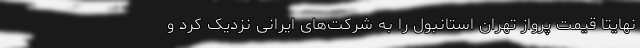
نهایتا قیمت پرواز تهران استانبول را به شرکت‌های ایرانی نزدیک کرد و